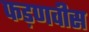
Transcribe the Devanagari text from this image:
फड़णवीस